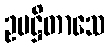
ဥပဋ္ဌိတာသေ